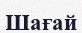
Шағай